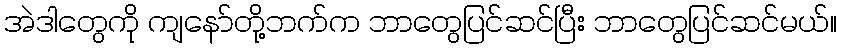
အဲဒါတွေကို ကျနော်တို့ဘက်က ဘာတွေပြင်ဆင်ပြီး ဘာတွေပြင်ဆင်မယ်။